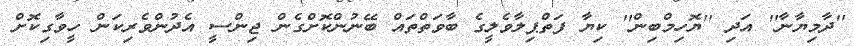
''ދާމިޔާނާ'' އަދި ''ޔޮހިމްބިން'' ކިޔާ ފަތްޕިލާވެލީގެ ބާވަތްތައް ބޭނުންކޮށްގެން ޖިންސީ އެދުންވެރިކަން ހީވާގިކޮށް